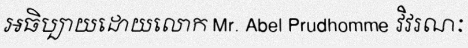
អធិប្បាយដោយលោក Mr. Abel Prudhomme វិវរណៈ